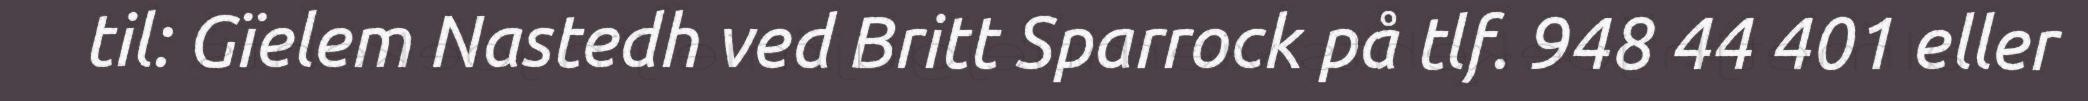
til: Gïelem Nastedh ved Britt Sparrock på tlf. 948 44 401 eller